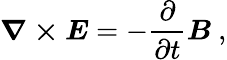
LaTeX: {\boldsymbol{\nabla\times E}}=-{\frac{\partial}{\partial t}}{\boldsymbol{B}}\ ,